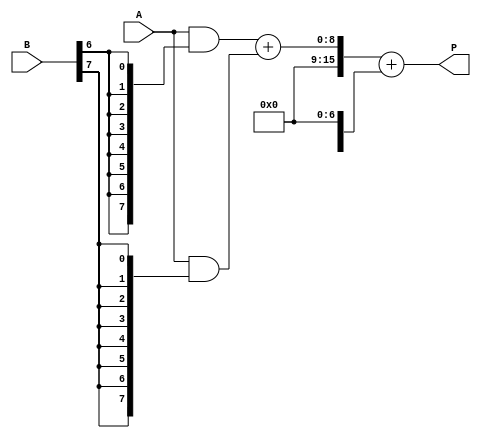
module scalable_wallace_tree_multiplier #(
    parameter N = 8 // Bit-width of inputs
)(
    input  wire [N-1:0] A, // First operand
    input  wire [N-1:0] B, // Second operand
    output wire [2*N-1:0] P // Product output
);
    
    // Generate Partial Products
    wire [N-1:0] pp [0:N-1]; // Partial products array
    genvar i;
    generate
        for (i = 0; i < N; i = i + 1) begin : pp_gen
            assign pp[i] = A & {N{B[i]}}; // AND each bit of B with A
        end
    endgenerate

    // Wallace Tree Reduction
    wire [N-1:0] sum [0:N-1]; // Sums from CSAs
    wire [N-1:0] carry [0:N-1]; // Carries from CSAs
    wire [N-1:0] final_sum;
    wire [N-1:0] final_carry;

    // CSA reduction
    generate
        for (i = 0; i < N-1; i = i + 1) begin : csa_reduction
            if (i < N-2) begin
                // Three inputs for CSA
                wire [N-1:0] a = pp[i];
                wire [N-1:0] b = pp[i+1];
                wire [N-1:0] c = (i < N-1) ? pp[i+2] : {N{1'b0}}; // Zero padding for last CSA
                assign {carry[i], sum[i]} = a + b + c; // CSA operation
            end else begin
                // Last level, only two inputs
                assign {final_carry, final_sum} = pp[i] + pp[i+1];
            end
        end
    endgenerate

    // Final Carry Propagation Adder (CPA)
    wire [2*N-1:0] final_result;
    assign final_result = {final_carry, final_sum} + {1'b0, sum[N-2]};

    // Output the final product
    assign P = final_result;

endmodule